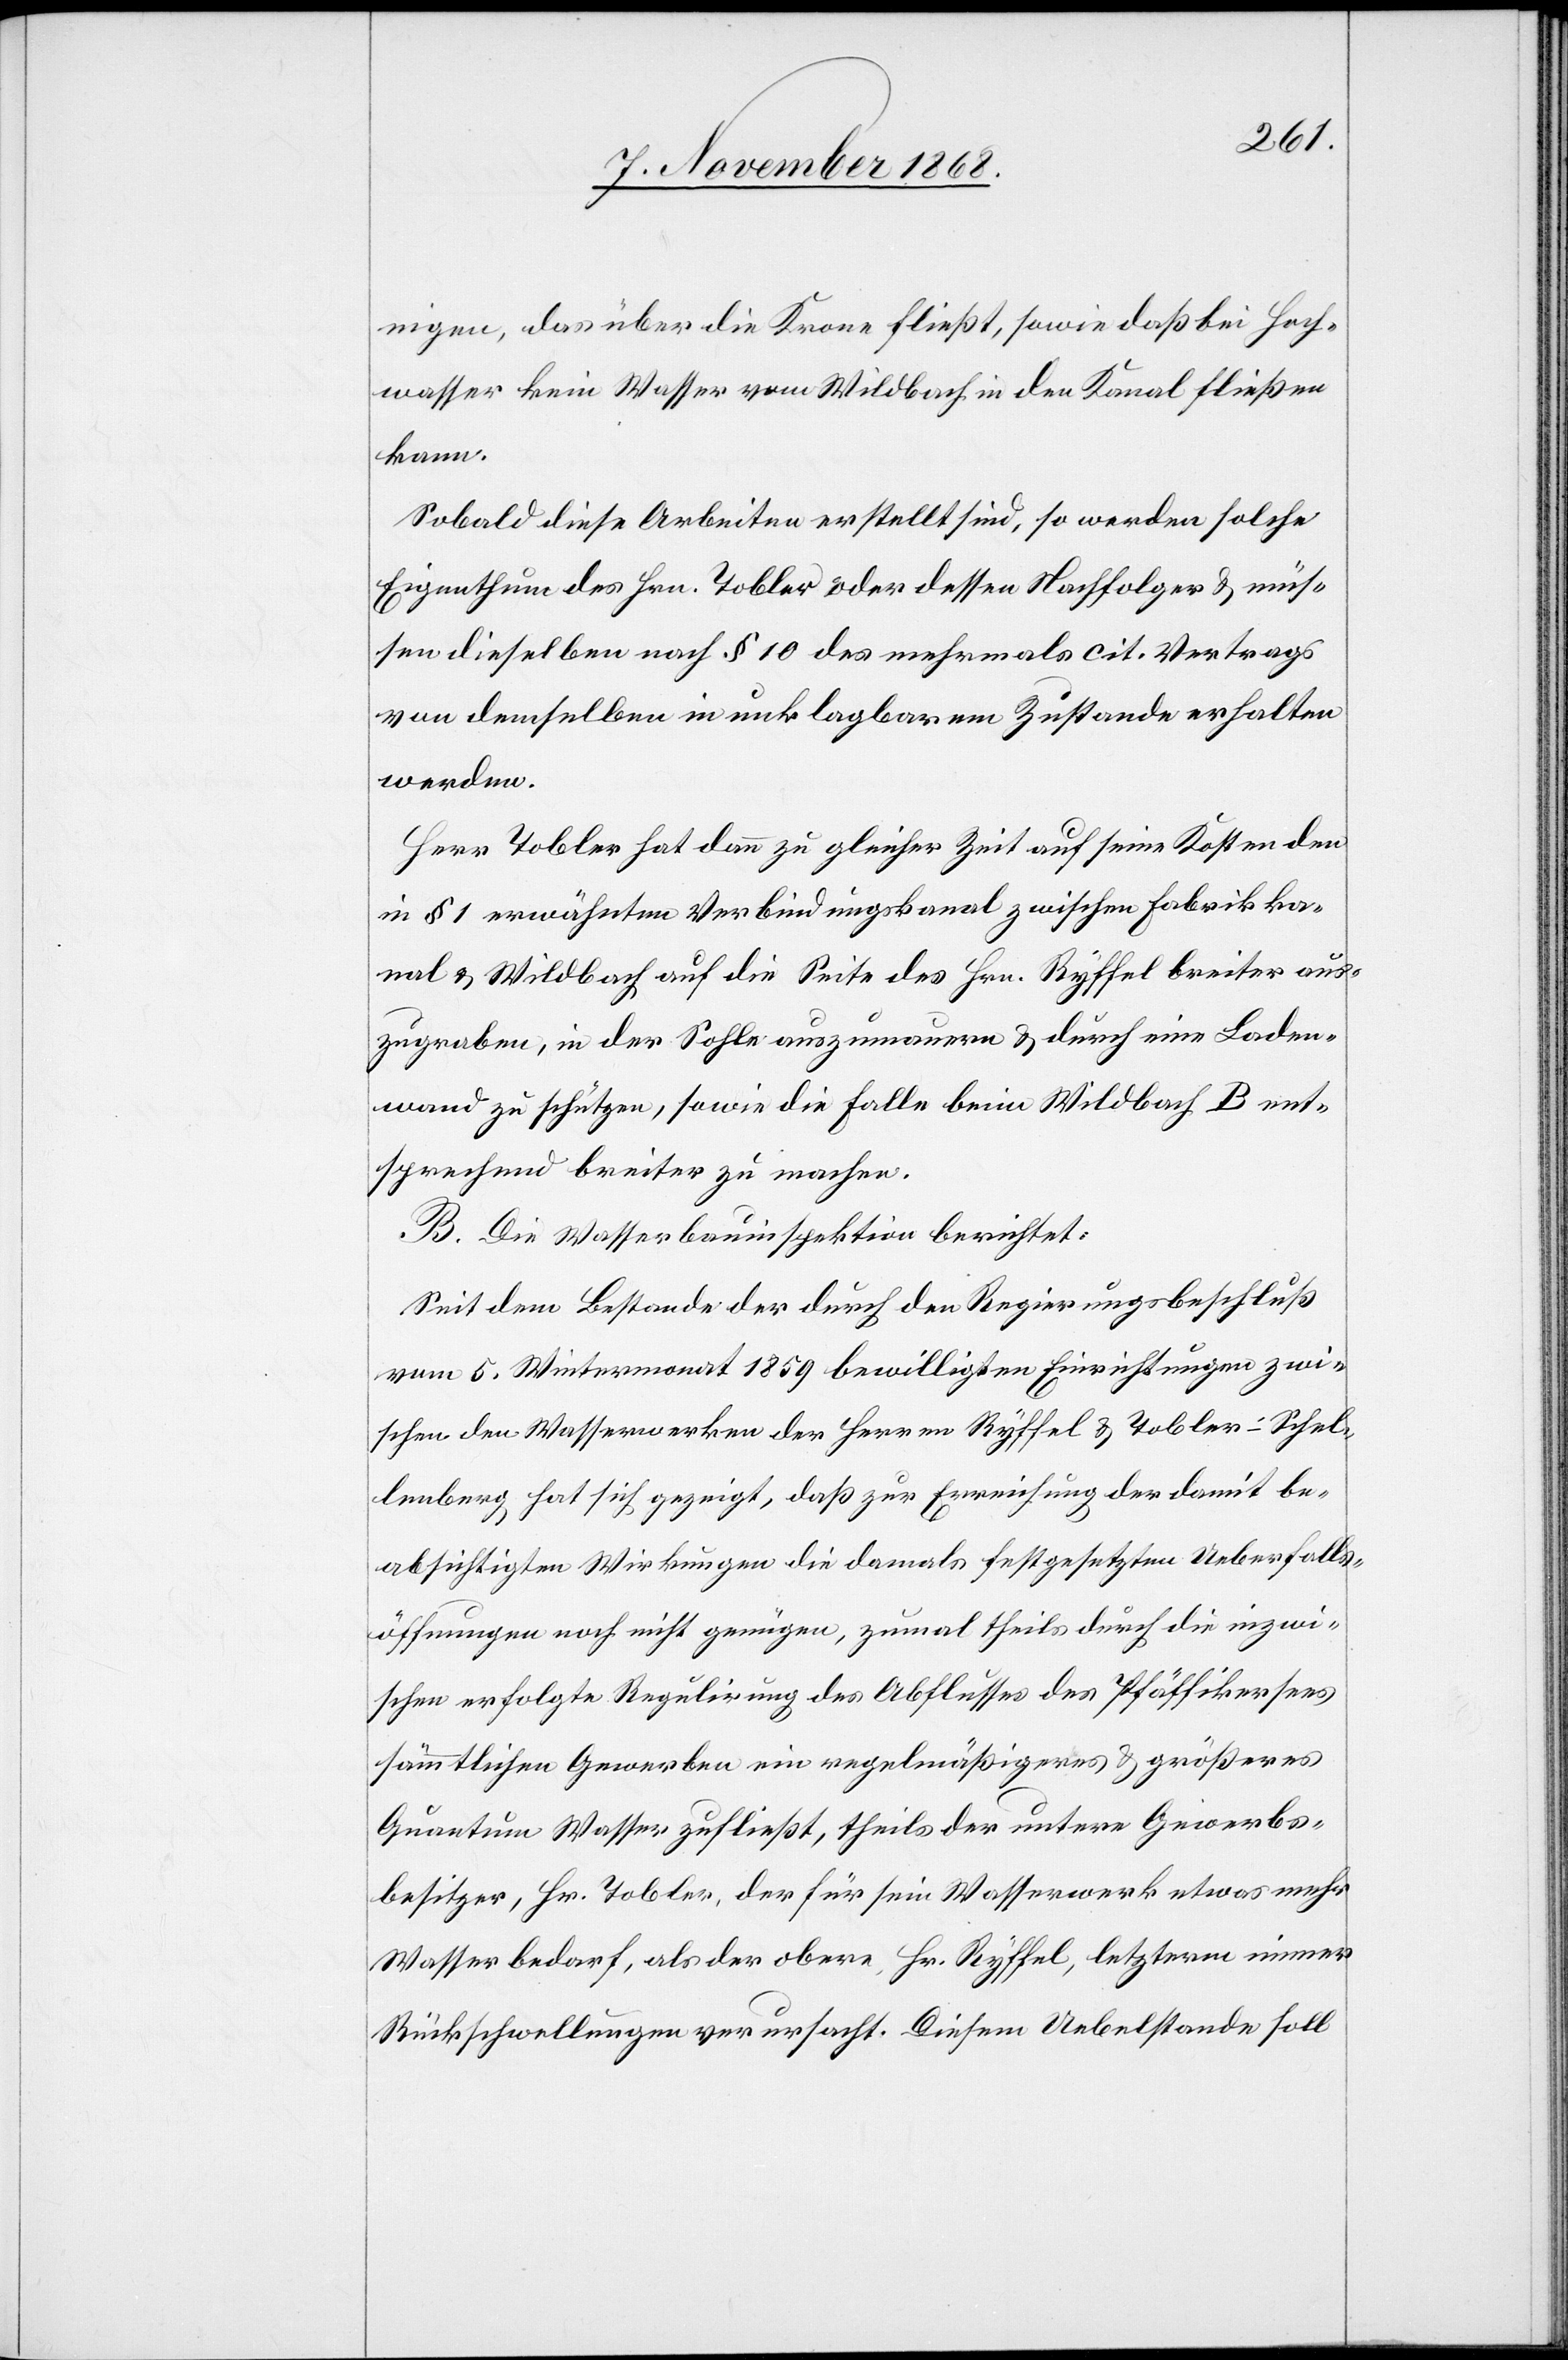
nigen, das über die Krone fließt, sowie daß bei Hoch¬
wasser kein Wasser vom Wildbach in den Kanal fließen
kann.
Sobald diese Arbeiten erstellt sind, so werden solche
Eigenthum des Hrn. Tobler oder dessen Nachfolger & müs¬
sen dieselben nach § 10 des mehrmals cit. Vertrags
von demselben in unklagbarem Zustande erhalten
werden.
Herr Tobler hat dann zu gleicher Zeit auf seine Kosten den
in § 1 erwähnten Verbindungskanal zwischen Fabrikka¬
nal & Wildbach auf die Seite des Hrn. Ryffel breiter aus¬
zugraben, in der Sohle auszumauern & durch eine Laden¬
wand zu schützen, sowie die Falle beim Wildbach B ent¬
sprechend breiter zu machen.
B. Die Wasserbauinspektion berichtet:
Seit dem Bestande der durch den Regierungsbeschluß
vom 5. Wintermonat 1859 bewilligten Einrichtungen zwi¬
schen den Wasserwerken der Herren Ryffel & Tobler-Schel¬
lenberg hat sich gezeigt, daß zur Erreichung der damit be¬
absichtigten Wirkungen die damals festgesetzten Ueberfalls¬
öffnungen noch nicht genügen, zumal theils durch die inzwi¬
schen erfolgte Regulirung des Abflusses des Pfäffikersees
sämmtlichen Gewerben ein regelmäßigeres & größeres
Quantum Wasser zufließt, theils der untere Gewerbs¬
besitzer, Hr. Tobler, der für sein Wasserwerk etwas mehr
Wasser bedarf, als der obere, Hr. Ryffel, letzterm immer
Rückschwellungen verursacht. Diesem Uebelstande soll